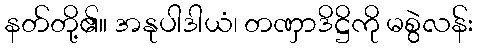
နတ်တို့၏။ အနုပါဒါယံ၊ တဏှာဒိဋ္ဌိကို မစွဲလန်း